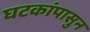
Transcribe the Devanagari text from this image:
घटकांपासुन